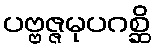
ပဗ္ဗဇ္ဇမုပဂစ္ဆိ